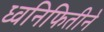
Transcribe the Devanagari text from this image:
ध्वनिफितीने